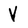
Character: V